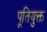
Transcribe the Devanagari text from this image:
पूतियुक्त